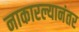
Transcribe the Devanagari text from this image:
नाकारल्यानंतर